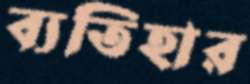
ব্যতিহার